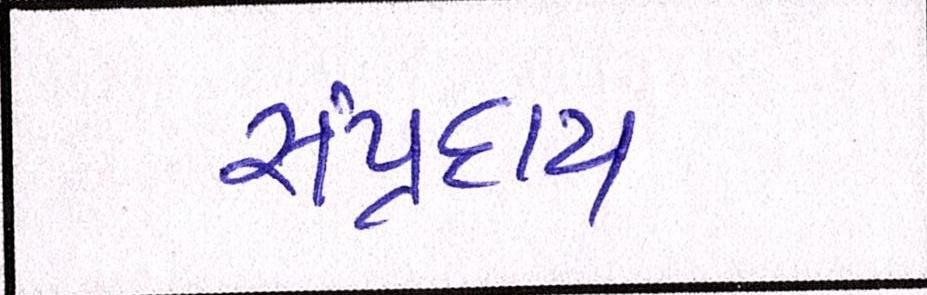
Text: સંપ્રદાય